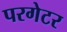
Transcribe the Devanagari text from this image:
परगेटर